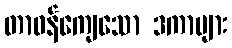
တာဝန်ကျေသော ဒကာများ